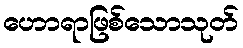
ဟောရာဖြစ်သောသုတ်